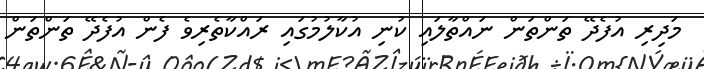
މަދިރި އުފެދޭ ތަންތަން ނައްތާލައި ކުނި އުކާލުމުގައި ރައްކާތެރިވެ ފެން އުފެދޭ ތަންތަން